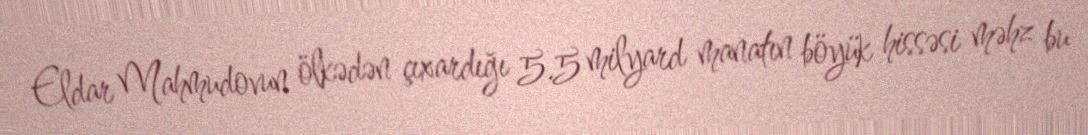
Eldar Mahmudovun ölkədən çıxardığı 5.5 milyard manatın böyük hissəsi məhz bu